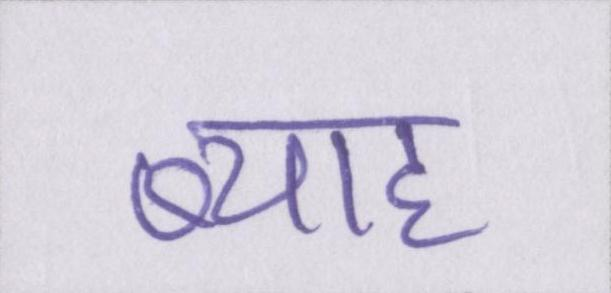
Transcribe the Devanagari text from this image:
ब्याह